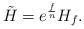
LaTeX: \begin{align*} \tilde{H}=e^{\frac f{n}}H_f.\end{align*}